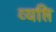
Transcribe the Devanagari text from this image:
व्यप्ति